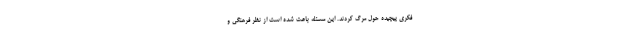
فکری پیچیده حول مرگ کردند. این مسئله باعث شده است از نظر فرهنگی و